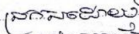
ប្រកបដោយ